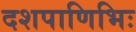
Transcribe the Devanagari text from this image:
दशपाणिभिः